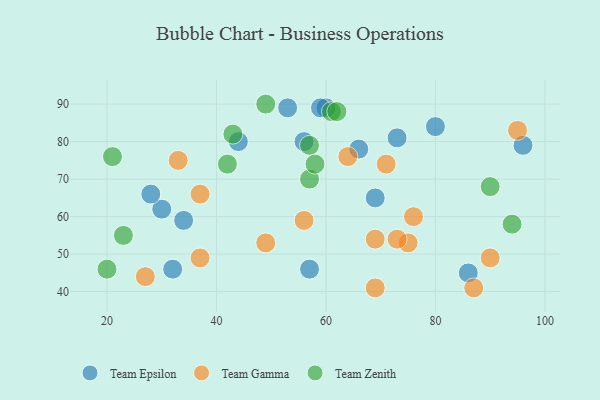
{"axis": {"x": "GDP", "y": "Life Expectancy"}, "legend": ["Team Epsilon", "Team Gamma", "Team Zenith"], "data": [{"x": "66", "y": 78, "type": "Team Epsilon"}, {"x": "96", "y": 79, "type": "Team Epsilon"}, {"x": "30", "y": 62, "type": "Team Epsilon"}, {"x": "34", "y": 59, "type": "Team Epsilon"}, {"x": "53", "y": 89, "type": "Team Epsilon"}, {"x": "73", "y": 81, "type": "Team Epsilon"}, {"x": "69", "y": 65, "type": "Team Epsilon"}, {"x": "32", "y": 46, "type": "Team Epsilon"}, {"x": "56", "y": 80, "type": "Team Epsilon"}, {"x": "60", "y": 89, "type": "Team Epsilon"}, {"x": "59", "y": 89, "type": "Team Epsilon"}, {"x": "57", "y": 46, "type": "Team Epsilon"}, {"x": "86", "y": 45, "type": "Team Epsilon"}, {"x": "80", "y": 84, "type": "Team Epsilon"}, {"x": "44", "y": 80, "type": "Team Epsilon"}, {"x": "28", "y": 66, "type": "Team Epsilon"}, {"x": "76", "y": 60, "type": "Team Gamma"}, {"x": "75", "y": 53, "type": "Team Gamma"}, {"x": "95", "y": 83, "type": "Team Gamma"}, {"x": "37", "y": 49, "type": "Team Gamma"}, {"x": "27", "y": 44, "type": "Team Gamma"}, {"x": "49", "y": 53, "type": "Team Gamma"}, {"x": "56", "y": 59, "type": "Team Gamma"}, {"x": "69", "y": 54, "type": "Team Gamma"}, {"x": "73", "y": 54, "type": "Team Gamma"}, {"x": "69", "y": 41, "type": "Team Gamma"}, {"x": "90", "y": 49, "type": "Team Gamma"}, {"x": "71", "y": 74, "type": "Team Gamma"}, {"x": "87", "y": 41, "type": "Team Gamma"}, {"x": "37", "y": 66, "type": "Team Gamma"}, {"x": "64", "y": 76, "type": "Team Gamma"}, {"x": "33", "y": 75, "type": "Team Gamma"}, {"x": "23", "y": 55, "type": "Team Zenith"}, {"x": "57", "y": 79, "type": "Team Zenith"}, {"x": "90", "y": 68, "type": "Team Zenith"}, {"x": "43", "y": 82, "type": "Team Zenith"}, {"x": "57", "y": 70, "type": "Team Zenith"}, {"x": "20", "y": 46, "type": "Team Zenith"}, {"x": "94", "y": 58, "type": "Team Zenith"}, {"x": "21", "y": 76, "type": "Team Zenith"}, {"x": "49", "y": 90, "type": "Team Zenith"}, {"x": "61", "y": 88, "type": "Team Zenith"}, {"x": "62", "y": 88, "type": "Team Zenith"}, {"x": "42", "y": 74, "type": "Team Zenith"}, {"x": "58", "y": 74, "type": "Team Zenith"}]}